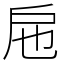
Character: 㦾